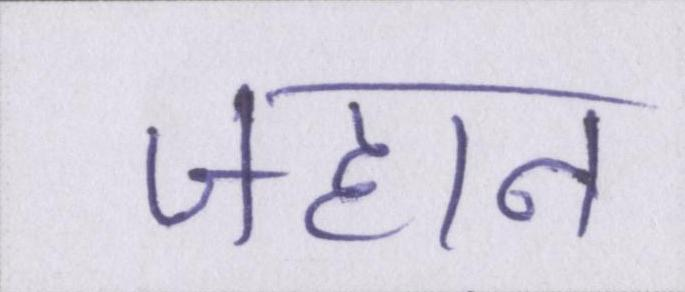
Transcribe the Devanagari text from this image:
जहान